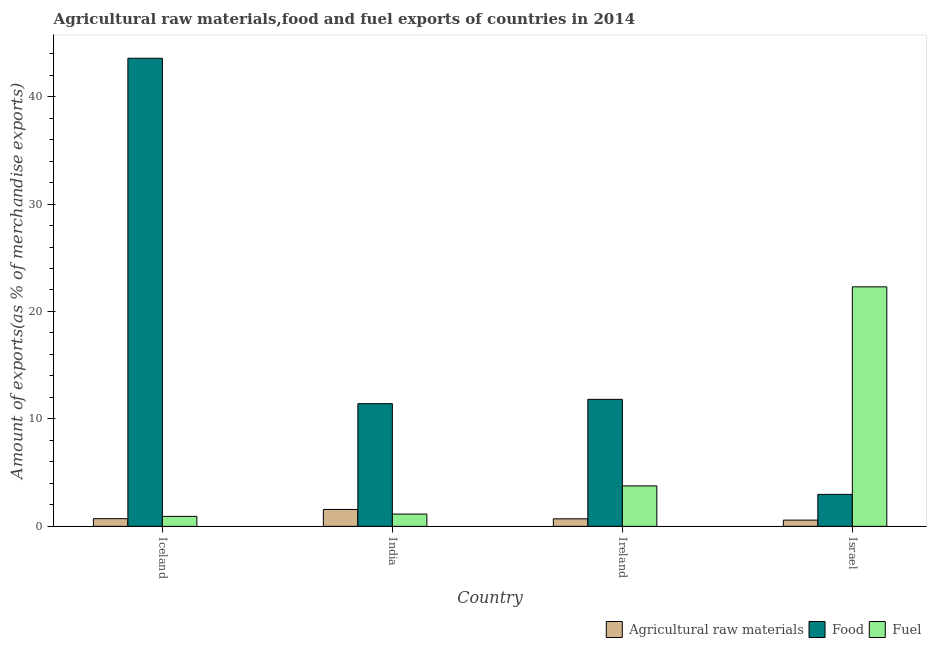
| Country | Agricultural raw materials | Food | Fuel |
 | --- | --- | --- | --- |
 | Iceland | 0.717 | 43.6 | 0.929 |
 | India | 1.57 | 11.4 | 1.14 |
 | Ireland | 0.702 | 11.8 | 3.77 |
 | Israel | 0.582 | 2.98 | 22.3 |